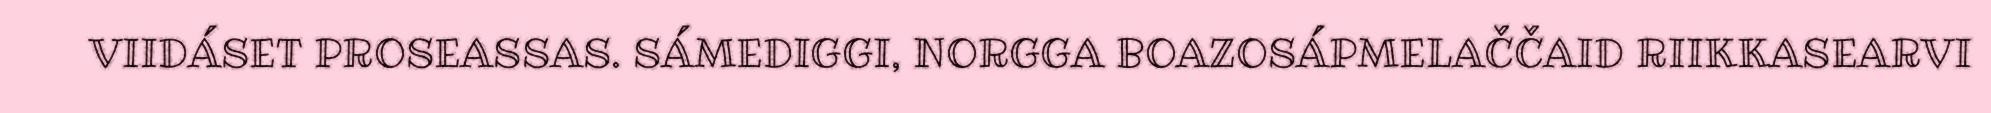
VIIDÁSET PROSEASSAS. SÁMEDIGGI, NORGGA BOAZOSÁPMELAČČAID RIIKKASEARVI